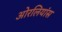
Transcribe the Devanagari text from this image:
ओरलियांस